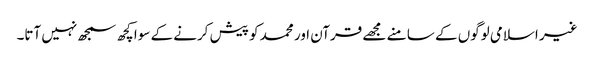
غیر اسلامی لوگوں کے سا منے مجھے قرآن اور محمد کو پیش کرنے کے سوا کچھ سمجھ نہیں آتا۔